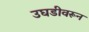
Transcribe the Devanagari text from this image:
उघडीवरून